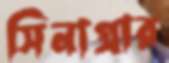
সিনাগ্রার